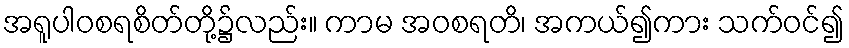
အရူပါဝစရစိတ်တို့၌လည်း။ ကာမ အဝစရတိ၊ အကယ်၍ကား သက်ဝင်၍